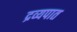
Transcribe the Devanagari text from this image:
द्रव्यपात